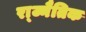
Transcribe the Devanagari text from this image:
रा्ज्नैतिक